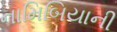
નામિબિયાની